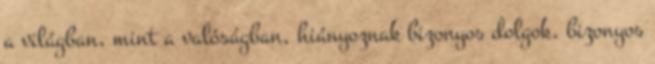
a világban, mint a valóságban, hiányoznak bizonyos dolgok, bizonyos